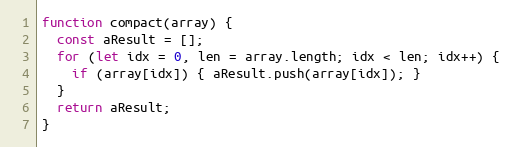
Language: JavaScript
function compact(array) {
  const aResult = [];
  for (let idx = 0, len = array.length; idx < len; idx++) {
    if (array[idx]) { aResult.push(array[idx]); }
  }
  return aResult;
}